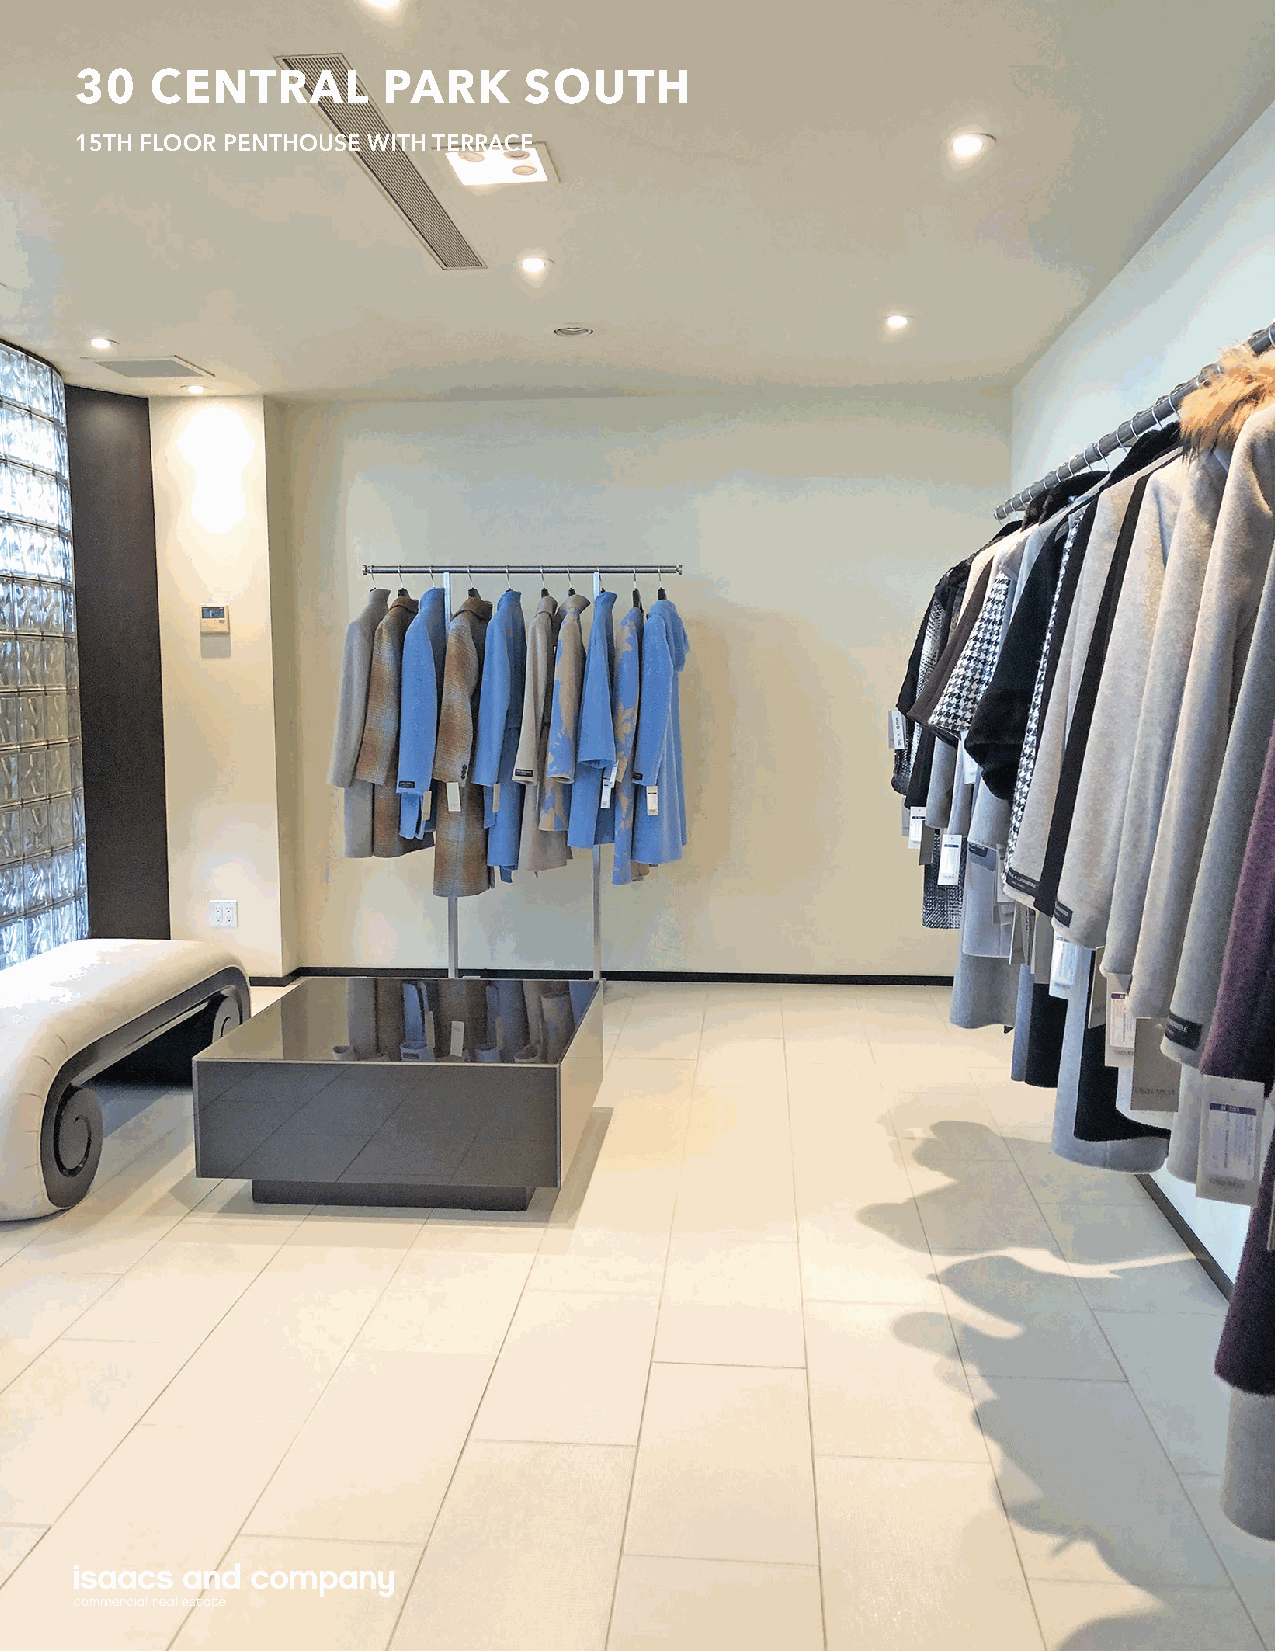
30   CENTRAL        PARK      SOUTH
 15TH FLOOR PENTHOUSE WITH TERRACE